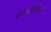
શરણાગતિએ